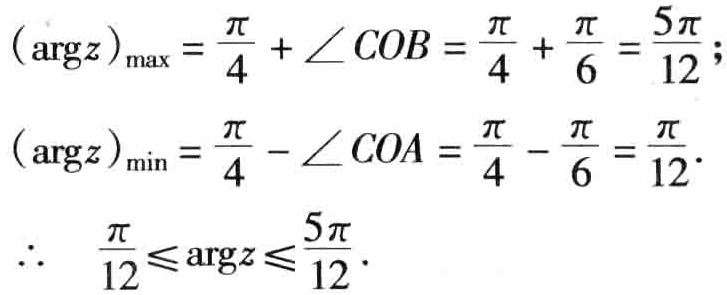
\((\arg z)_{\max}=\frac{\pi}{4}+\angle COB=\frac{\pi}{4}+\frac{\pi}{6}=\frac{5\pi}{12};\)
\((\arg z)_{\min}=\frac{\pi}{4}-\angle COA=\frac{\pi}{4}-\frac{\pi}{6}=\frac{\pi}{12}.\)
\(\therefore\ \ \frac{\pi}{12}\leqslant\arg z\leqslant\frac{5\pi}{12}.\)